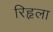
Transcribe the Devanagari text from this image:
रिहृला